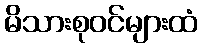
မိသားစုဝင်များထံ